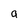
Character: a